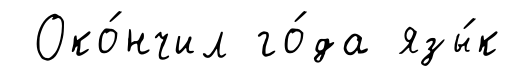
Око́нчил го́да язы́к